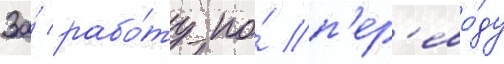
За́ рабо́ту по́ п'ер'ево́ду